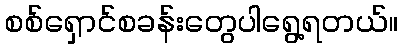
စစ်ရှောင်စခန်းတွေပါရွေ့ရတယ်။